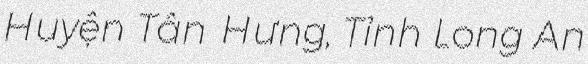
Huyện Tân Hưng, Tỉnh Long An